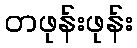
တဖုန်းဖုန်း